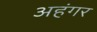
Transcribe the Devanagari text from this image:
अहंगर